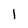
Character: 1